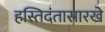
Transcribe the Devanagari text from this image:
हस्तिदंतासारखे